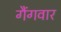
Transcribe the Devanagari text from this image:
गैंगवार